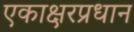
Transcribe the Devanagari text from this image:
एकाक्षरप्रधान